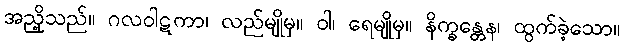
အညှို့သည်။ ဂလဝါဋကာ၊ လည်မျိုမှ။ ဝါ၊ ရေမျိုမှ။ နိက္ခန္တေန၊ ထွက်ခဲ့သော။